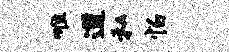
唯遒私怕